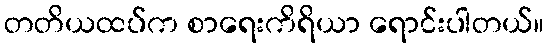
တတိယထပ်က စာရေးကိရိယာ ရောင်းပါတယ်။